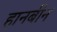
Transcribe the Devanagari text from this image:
हानबीन